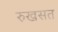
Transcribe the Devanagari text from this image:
रुखसत